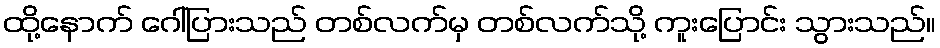
ထို့နောက် ဂေါ်ပြားသည် တစ်လက်မှ တစ်လက်သို့ ကူးပြောင်း သွားသည်။